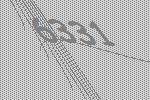
6331